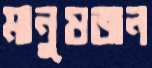
মানুষজন